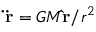
\mathbf { \ddot { r } } = G M \mathbf { \hat { r } } / r ^ { 2 }